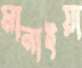
মানাইয়া